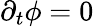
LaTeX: \partial_{t}\phi=0